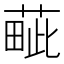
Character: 𦸿